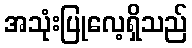
အသုံးပြုလေ့ရှိသည်